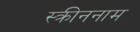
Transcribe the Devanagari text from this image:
स्क्रीननाम